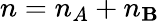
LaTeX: n=n_{A}+n_{\mathbf{B}}